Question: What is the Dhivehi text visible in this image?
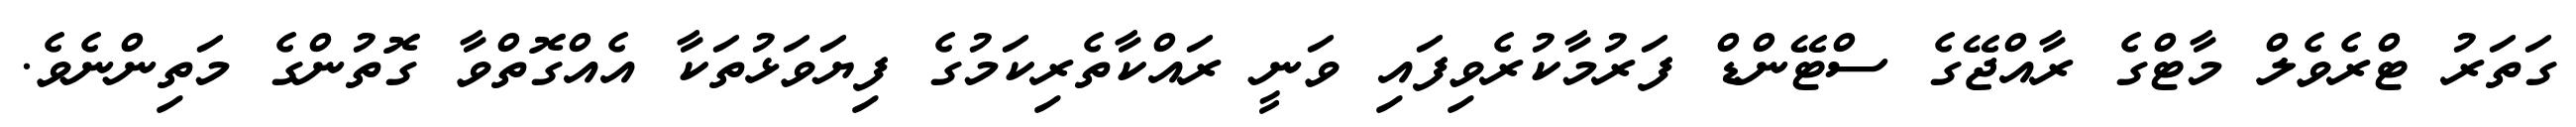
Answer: ގަތަރު ޓްރެވެލް މާޓްގެ ރާއްޖޭގެ ސްޓޭންޑް ފަރުމާކުރެވިފައި ވަނީ ރައްކާތެރިކަމުގެ ފިޔަވަޅުތަކާ އެއްގޮތްވާ ގޮތުންގެ މަތިންނެވެ.